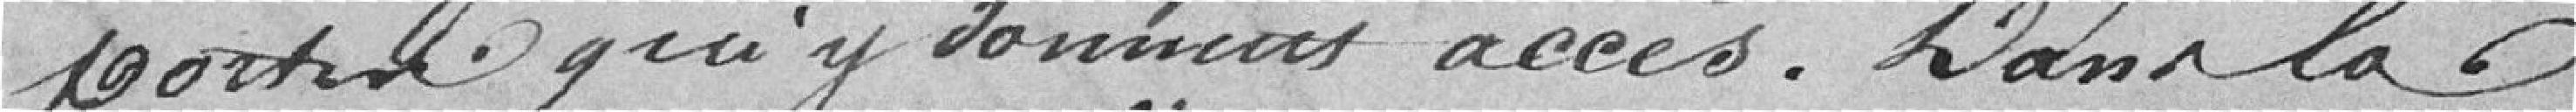
qui y donnent accès. Dans la